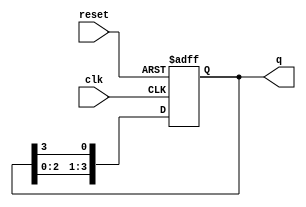
module ring_counter (
    input wire clk,        // Clock input
    input wire reset,      // Asynchronous reset input
    output reg [n-1:0] q   // Output state of the ring counter
);
    parameter n = 4;       // Number of bits in the ring counter

    // Initial state
    initial begin
        q = 1'b1;          // Initialize the counter to 0001
    end

    // Always block triggered on the rising edge of the clock or reset
    always @(posedge clk or posedge reset) begin
        if (reset) begin
            q <= 1'b1;     // Reset the counter to 0001
        end else begin
            // Shift the '1' to the left, wrapping around
            q <= {q[n-2:0], q[n-1]}; // Shift left and wrap around
        end
    end
endmodule